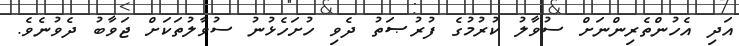
އަދި އެހުންތެރިންނަށް ސުވާލު ކުރުމުގެ ފުރުޞަތު ދެވި ހުށަހެޅުނު ސުވާލުތަކަށް ޖަވާބު ދެވުނެވެ.